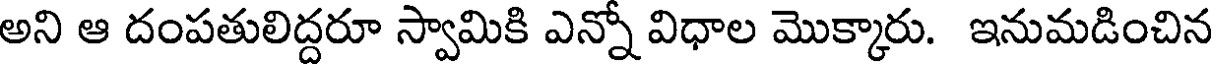
అని ఆ దంపతులిద్దరూ స్వామికి ఎన్నో విధాల మొక్కారు. ఇనుమడించిన